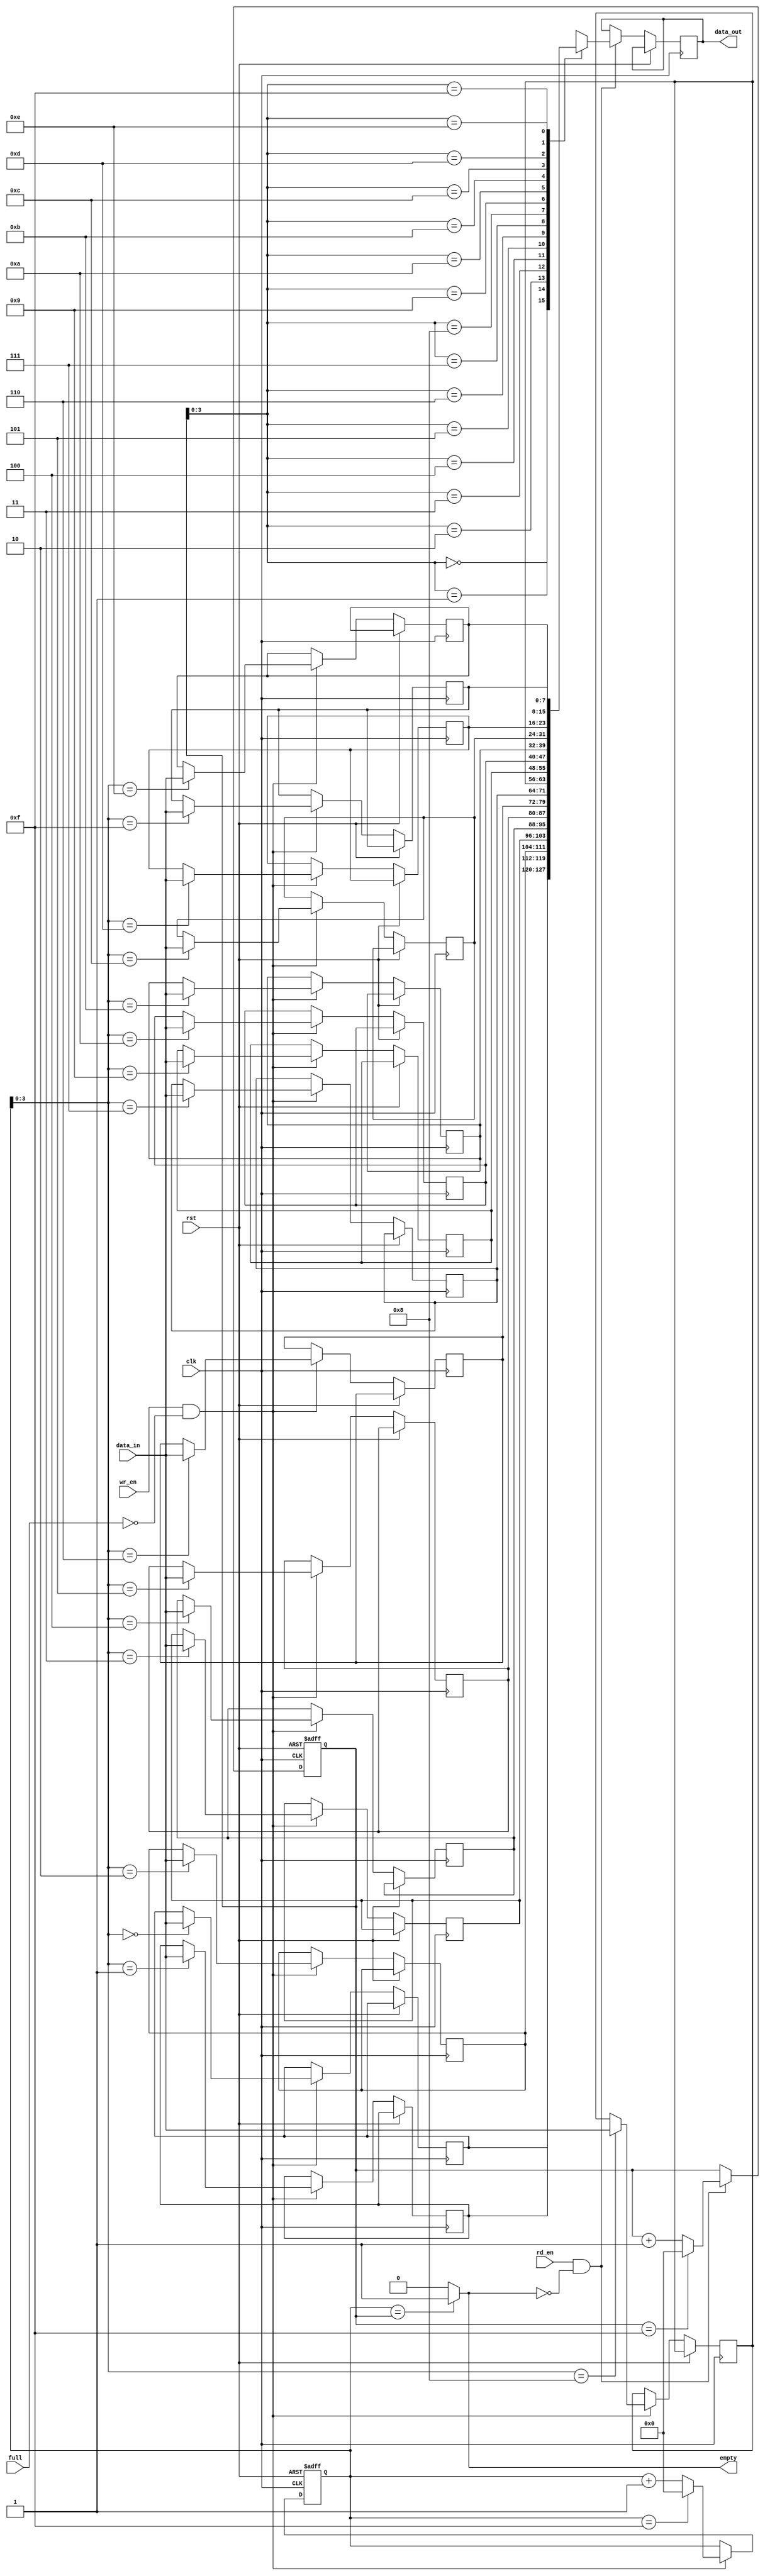
module Last_Word_Fall_Through_FIFO (
    input wire clk,
    input wire rst,
    input wire wr_en,
    input wire rd_en,
    input wire [DATA_WIDTH-1:0] data_in,
    output reg [DATA_WIDTH-1:0] data_out,
    input wire full,
    output wire empty
);

parameter DEPTH = 16; // Depth of the FIFO buffer
parameter DATA_WIDTH = 8; // Width of the data

reg [DATA_WIDTH-1:0] buffer [DEPTH-1:0];
reg [DEPTH-1:0] head;
reg [DEPTH-1:0] tail;

assign empty = (head == tail) ? 1'b1 : 1'b0;

always @ (posedge clk or posedge rst) begin
    if (rst) begin
        head <= 0;
        tail <= 0;
    end else begin
        if (wr_en && !full) begin
            buffer[head] <= data_in;
            head <= (head == DEPTH-1) ? 0 : head + 1;
        end

        if (rd_en && !empty) begin
            data_out <= buffer[tail];
            tail <= (tail == DEPTH-1) ? 0 : tail + 1;
        end
    end
end

endmodule